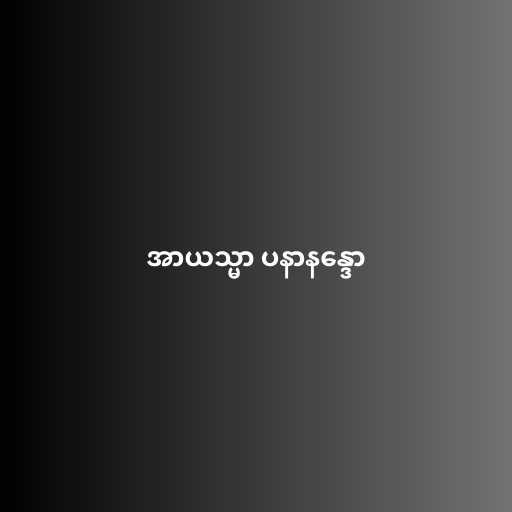
အာယသ္မာ ပနာနန္ဒော